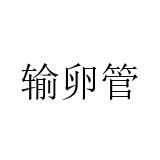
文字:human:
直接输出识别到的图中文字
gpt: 输卵管